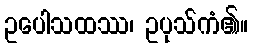
ဥပေါသထဿ၊ ဥပုသ်ကံ၏။